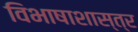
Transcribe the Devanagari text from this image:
विभाषाशास्त्र